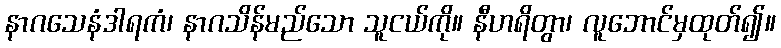
နာဂသေနံဒါရကံ၊ နာဂသိန်မည်သော သူငယ်ကို။ နီဟရိတွာ၊ လူဘောင်မှထုတ်၍။